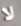
لا